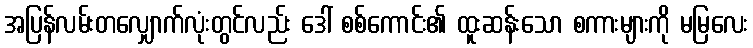
အပြန်လမ်းတလျှောက်လုံးတွင်လည်း ဒေါ် စစ်ကောင်း၏ ထူးဆန်းသော စကားများကို မမြလေး